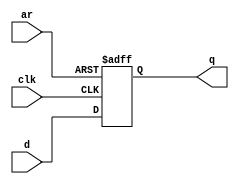
module top_module (
    input clk,
    input d,
    input ar,
    output reg q
);

always @(posedge clk or posedge ar)
    if (ar) q <= 0;
    else q <= d;

endmodule